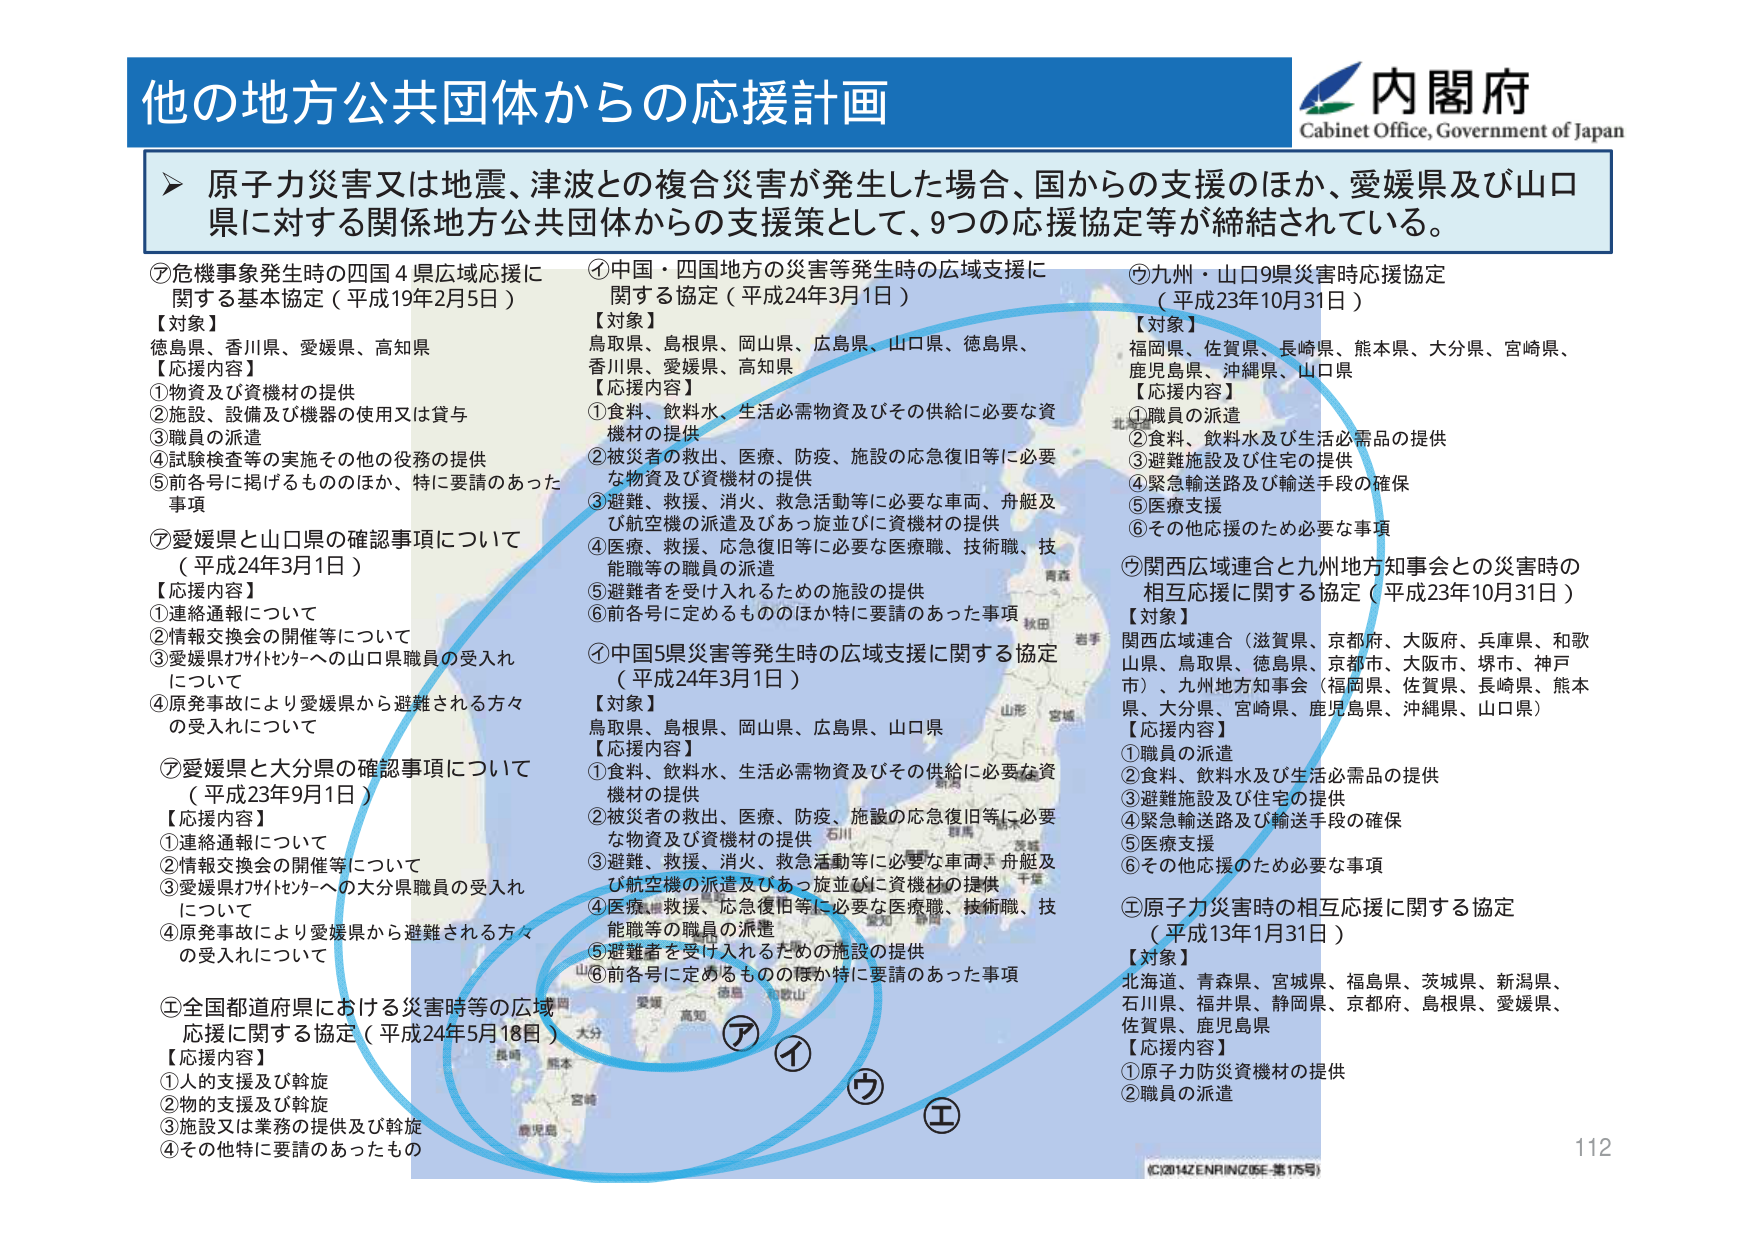
他の地方公共団体からの応援計画
内閣府
Cabinet Office, Government of Japan

▶ 原子力災害又は地震、津波との複合災害が発生した場合、国からの支援のほか、愛媛県及び山口県に対する関係地方公共団体からの支援策として、9つの応援協定等が締結されている。

⑦危機事象発生時の四国4県広域応援に関する基本協定（平成19年2月5日）
【対象】
徳島県、香川県、愛媛県、高知県
【応援内容】
①物資及び資機材の提供
②施設、設備及び機器の使用又は貸与
③職員の派遣
④試験検査等の実施その他の役務の提供
⑤前各号に掲げるもののほか、特に要請のあった事項

⑦愛媛県と山口県の確認事項について（平成24年3月1日）
【応援内容】
①連絡通報について
②情報交換会の開催等について
③愛媛県カサトセンターへの山口県職員の受入れについて
④原発事故により愛媛県から避難される方々の受入れについて

⑦愛媛県と大分県の確認事項について（平成23年9月1日）
【応援内容】
①連絡通報について
②情報交換会の開催等について
③愛媛県カサトセンターへの大分県職員の受入れについて
④原発事故により愛媛県から避難される方々の受入れについて

①全国都道府県における災害時等の広域応援に関する協定（平成24年5月18日）
【応援内容】
①人的支援及び斡旋
②物的支援及び斡旋
③施設又は業務の提供及び斡旋
④その他特に要請のあったもの

①中国・四国地方の災害等発生時の広域支援に関する協定（平成24年3月1日）
【対象】
鳥取県、島根県、岡山県、広島県、山口県、徳島県、香川県、愛媛県、高知県
【応援内容】
①食料、飲料水、生活必需物資及びその供給に必要な資機材の提供
②被災者の救出、医療、防疫、施設の応急復旧等に必要な物資及び資機材の提供
③避難、救援、消火、救急活動等に必要な車両、舟艇及び航空機の派遣及びあっ旋並びに資機材の提供
④医療、救援、応急復旧等に必要な医療職、技術職、技能職等の職員の派遣
⑤避難者を受け入れるための施設の提供
⑥前各号に定めるもののほか特に要請のあった事項

①中国5県災害等発生時の広域支援に関する協定（平成24年3月1日）
【対象】
鳥取県、島根県、岡山県、広島県、山口県
【応援内容】
①食料、飲料水、生活必需物資及びその供給に必要な資機材の提供
②被災者の救出、医療、防疫、施設の応急復旧等に必要な物資及び資機材の提供
③避難、救援、消火、救急活動等に必要な車両、舟艇及び航空機の派遣及びあっ旋並びに資機材の提供
④医療、救援、応急復旧等に必要な医療職、技術職、技能職等の職員の派遣
⑤避難者を受け入れるための施設の提供
⑥前各号に定めるもののほか特に要請のあった事項

⑦九州・山口9県災害時応援協定（平成23年10月31日）
【対象】
福岡県、佐賀県、長崎県、熊本県、大分県、宮崎県、鹿児島県、沖縄県、山口県
【応援内容】
①職員の派遣
②食料、飲料水及び生活必需品の提供
③避難施設及び住宅の提供
④緊急輸送路及び輸送手段の確保
⑤医療支援
⑥その他応援のため必要な事項

⑦関西広域連合と九州地方知事会との災害時の相互応援に関する協定（平成23年10月31日）
【対象】
関西広域連合（滋賀県、京都府、大阪府、兵庫県、和歌山県、鳥取県、徳島県、京都市、大阪市、堺市、神戸市）、九州地方知事会（福岡県、佐賀県、長崎県、熊本県、大分県、宮崎県、鹿児島県、沖縄県、山口県）
【応援内容】
①職員の派遣
②食料、飲料水及び生活必需品の提供
③避難施設及び住宅の提供
④緊急輸送路及び輸送手段の確保
⑤医療支援
⑥その他応援のため必要な事項

①原子力災害時の相互応援に関する協定（平成13年1月31日）
【対象】
北海道、青森県、宮城県、福島県、茨城県、新潟県、石川県、福井県、静岡県、京都府、島根県、愛媛県、佐賀県、鹿児島県
【応援内容】
①原子力防災資機材の提供
②職員の派遣

（C）2014 ZENRIN Z（05E-第175号）
112